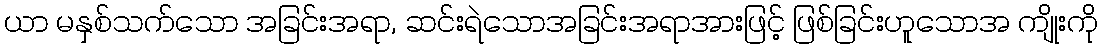
ယာ မနှစ်သက်သော အခြင်းအရာ, ဆင်းရဲသောအခြင်းအရာအားဖြင့် ဖြစ်ခြင်းဟူသောအ ကျိုးကို